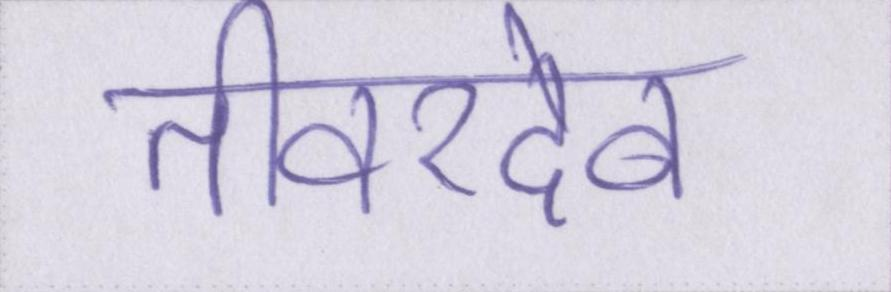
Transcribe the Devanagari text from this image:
तीवरदेव